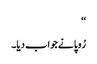
‘‘
رُوپا نے جواب دیا۔